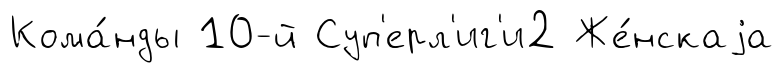
Кома́нды 10-й Суп'ерл'иг'и2 Же́нскаjа